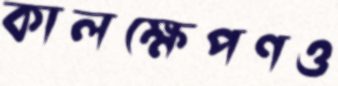
কালক্ষেপণও